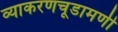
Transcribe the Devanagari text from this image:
व्याकरणचूडामणी